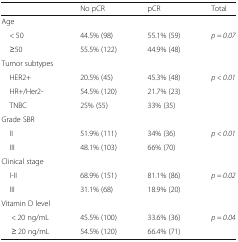
<table><thead><tr><td></td><td><b>No pCR</b></td><td><b>pCR</b></td><td><b>Total</b></td></tr></thead><tbody><tr><td colspan="4">Age</td></tr><tr><td> &lt; 50</td><td>44.5% (98)</td><td>55.1% (59)</td><td><i>p = 0.07</i></td></tr><tr><td> ≥50</td><td>55.5% (122)</td><td>44.9% (48)</td><td></td></tr><tr><td colspan="4">Tumor subtypes</td></tr><tr><td> HER2+</td><td>20.5% (45)</td><td>45.3% (48)</td><td><i>p &lt; 0.01</i></td></tr><tr><td> HR+/Her2-</td><td>54.5% (120)</td><td>21.7% (23)</td><td></td></tr><tr><td> TNBC</td><td>25% (55)</td><td>33% (35)</td><td></td></tr><tr><td colspan="4">Grade SBR</td></tr><tr><td> II</td><td>51.9% (111)</td><td>34% (36)</td><td><i>p &lt; 0.01</i></td></tr><tr><td> III</td><td>48.1% (103)</td><td>66% (70)</td><td></td></tr><tr><td colspan="4">Clinical stage</td></tr><tr><td> I-II</td><td>68.9% (151)</td><td>81.1% (86)</td><td><i>p = 0.02</i></td></tr><tr><td> III</td><td>31.1% (68)</td><td>18.9% (20)</td><td></td></tr><tr><td colspan="4">Vitamin D level</td></tr><tr><td>&lt; 20 ng/mL</td><td>45.5% (100)</td><td>33.6% (36)</td><td><i>p = 0.04</i></td></tr><tr><td>≥ 20 ng/mL</td><td>54.5% (120)</td><td>66.4% (71)</td><td></td></tr></tbody></table>